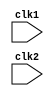
module processor (clk1, clk2);

input  clk1 , clk2;   //Refers to two phase clock

reg [31:0]  PC, IF_ID_IR, IF_ID_NPC; 
// PC = Program Counter
// IF_ID_IR = Instruction register in the latch stage between the IF and ID stages
// IF_ID_NPC = New Program Counter

reg [31:0]  ID_EX_IR, ID_EX_NPC, ID_EX_A, ID_EX_B, ID_EX_Imm;
// ID_EX_IR = Instruction register in the latch stage between the ID and EX stages
// ID_EX_NPC = New program counter 
// ID_EX_A = stores value of the register for execution
// ID_EX_B = stores value of the register for execution
// ID_EX_Imm = Immediate value is sign extended to make it 32 bit 

reg [31:0]  EX_MEM_IR , EX_MEM_ALUOut, EX_MEM_B;
// EX_MEM_IR = Instruction register in the latch stage between the EX and MEM stages
// EX_MEM_ALUOut =  Temporary register to store the output of the execution
// EX_MEM_B = To store value while execution

reg [31:0]  MEM_WB_IR, MEM_WB_ALUOut, MEM_WB_LMD;
// MEM_WB_IR = Instruction register in the latch stage between the MEM and WB stages
// MEM_WB_ALUOut = Containing output of execution
// MEM_WB_LMD = To load memory

reg [2:0] ID_EX_type,EX_MEM_type,MEM_WB_type;

reg [31:0]  Reg [0:31];      // Register bank (32  32) 32 registers each of 32 bit
reg [31:0]  Mem [0:1023];    // 1024  32 memory , 32 bit instruction set containing information about opcode source , destination register and offset

// operation codes for operations
parameter 
ADD= 6'b000000,  //ADD =  A+ B
SUB=6'b000001,  // SUB = A-B
AND=6'b000010,   // AND = A & B
OR=6'b000011,    // OR = A|B
CMP= 6'b000100,  // CMP = A<B 
MUL=6'b000101,   // MUL = A*B

ADDI= 6'b001010, // Adding a number with a value stored in a register
SUBI = 6'b001011, // Subtracting a number from a value stored in a register
CMPI=6'b001100 , // Stores 1 if given number is less than value stored in a register 

LW=6'b001000,    // load word
SW=6'b001001,    // store word
HLT= 6'b111111,  // to halt the instruction

//type of instructions
RR_ALU= 3'b000,   // Register to register
RM_ALU = 3'b001,  // Register to memory
LOAD = 3'b010,    // Loading data from mem address to register  
STORE= 3'b011,    // Storing data from register to mem address
HALT= 3'b101;     // Halting the program

reg HALTED;       // flag set to 1 if halt detected

// IF stage
always @(posedge clk1 ) 
begin
    if(HALTED==0)
    begin    
        IF_ID_IR <= #2 Mem[PC];
        IF_ID_NPC <= PC+1; 
        PC <= #2 PC+1;     // increasing program counter to get the next instruction
    end
end

//ID stage
always @(posedge clk2 ) 
begin
    if(HALTED==0)
    begin
        if(IF_ID_IR[25:21]==5'b00000)
            begin
                ID_EX_A <= 0;
            end
        else 
            begin
                ID_EX_A <= #2 Reg[IF_ID_IR[25:21]]; 
            end

        if(IF_ID_IR[20:16]==5'b00000)
            begin
                ID_EX_B <= 0;
            end
        else
            begin
                ID_EX_B <= #2 Reg[IF_ID_IR[20:16]]; 
            end
        ID_EX_NPC <= #2 IF_ID_NPC;
        ID_EX_IR  <= #2 IF_ID_IR;
        ID_EX_Imm <= #2 {{16{IF_ID_IR[15]}},{IF_ID_IR[15:0]}};

        case (IF_ID_IR[31:26])
            ADD,SUB,AND,OR,CMP,MUL : ID_EX_type <= #2 RR_ALU;
            ADDI,SUBI,CMPI :         ID_EX_type <= #2 RM_ALU;
            LW :                     ID_EX_type <= #2 LOAD;
            SW :                     ID_EX_type <= #2 STORE;
            HLT :                    ID_EX_type <= #2 HALT;
            default :                ID_EX_type <= #2 HALT;
        endcase
    end     
end

//EX Stage
always @(posedge clk1 ) 
begin
    if(HALTED==0)
    begin
        EX_MEM_type <= #2 ID_EX_type;
        EX_MEM_IR <= #2 ID_EX_IR;
       
        case (ID_EX_type)
        RR_ALU : begin
                    case(ID_EX_IR[31:26])
                        ADD: EX_MEM_ALUOut <= #2 ID_EX_A + ID_EX_B ; 
                        SUB: EX_MEM_ALUOut <= #2 ID_EX_A - ID_EX_B ; 
                        AND: EX_MEM_ALUOut <= #2 ID_EX_A & ID_EX_B ; 
                        OR:  EX_MEM_ALUOut <= #2 ID_EX_A | ID_EX_B ; 
                        CMP: EX_MEM_ALUOut <= #2 ID_EX_A < ID_EX_B ; 
                        MUL: EX_MEM_ALUOut <= #2 ID_EX_A * ID_EX_B ; 
                        default: EX_MEM_ALUOut <= #2 32'hxxxxxxxx ; 
                    endcase
                 end
        RM_ALU : begin
                    case(ID_EX_IR[31:26])
                        ADDI : EX_MEM_ALUOut <= #2 ID_EX_A + ID_EX_Imm;
                        SUBI : EX_MEM_ALUOut <= #2 ID_EX_A - ID_EX_Imm; 
                        CMPI : EX_MEM_ALUOut <= #2 ID_EX_A < ID_EX_Imm; 
                        default : EX_MEM_ALUOut <= #2 32'hxxxxxxxx; 
                    endcase
                 end
        LOAD,STORE :
                 begin
                     EX_MEM_ALUOut <= #2 ID_EX_A +ID_EX_Imm;
                     EX_MEM_B      <= #2 ID_EX_B;
                 end
        endcase
    end 
end

//MEM Stage
always @(posedge clk2 ) 
begin
    if(HALTED==0)
    begin
       MEM_WB_type <= #2 EX_MEM_type;
       MEM_WB_IR <= #2 EX_MEM_IR;

       case (EX_MEM_type)
            RR_ALU,RM_ALU :  MEM_WB_ALUOut <= #2 EX_MEM_ALUOut ; 
            LOAD : MEM_WB_LMD <= #2 Mem[EX_MEM_ALUOut]; 
            STORE : 
                begin
                    Mem[EX_MEM_ALUOut] <= #2 EX_MEM_B; //written in memory
                end 
        endcase    
    end
end

//WB stage
always @(posedge clk1 ) 
begin
    case(MEM_WB_type)
        RR_ALU : Reg[MEM_WB_IR[15:11]] <= #2 MEM_WB_ALUOut ; //written in rd
        RM_ALU : Reg[MEM_WB_IR[20:16]] <= #2 MEM_WB_ALUOut ; //written in rt
        LOAD   : Reg[MEM_WB_IR[20:16]] <= #2 MEM_WB_LMD    ; //written in rt
        HALT   : HALTED <= #2 1'b1;                          // halt flag set to 1
    endcase
end

endmodule